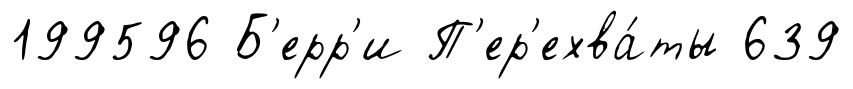
199596 Б'ерр'и П'ер'ехва́ты 639